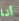
أنا